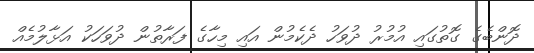
ދޮންބެގެ ގޮތުގައި އުމުރު ދުވަހު ދެކެމުން އައި މިހާގެ ފަރާތުން ދުވަހަކު އަޅާލުމެއް